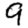
Digit: 9